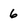
Character: 6